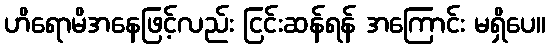
ဟိရောမိအနေဖြင့်လည်း ငြင်းဆန်ရန် အကြောင်း မရှိပေ။